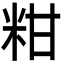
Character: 粓